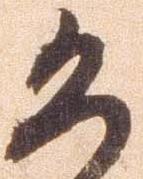
恐